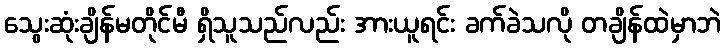
သွေးဆုံးချိန်မတိုင်မီ ရှိသူသည်လည်း အားယူရင်း ခက်ခဲသလို တချိန်ထဲမှာဘဲ